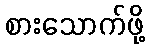
စားသောက်ဖို့